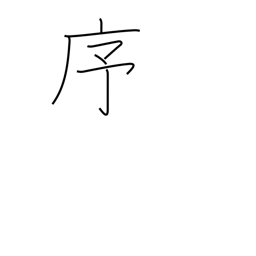
Meaning: order